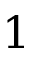
1